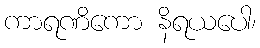
ကာရဏိကော နိရယပေါ၊